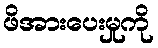
ဖိအားပေးမှုကို